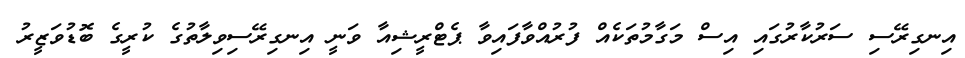
އިނގިރޭސި ސަރުކާރުގައި އިސް މަގާމުތަކެއް ފުރުއްވާފައިވާ ޕެޓްރީޝިއާ ވަނީ އިނގިރޭސިވިލާތުގެ ކުރީގެ ބޮޑުވަޒީރު